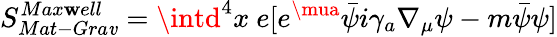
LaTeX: S_{Mat-Gra\mathit{v}}^{Max\mathbf{w}ell}=\intd^{4}x\ e[e^{\mua}\bar{{\psi}}i\gamma_{a}\nabla_{\mu}\psi-m\bar{{\psi}}\psi]